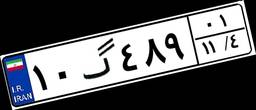
۱۰گ۴۸۹۰۱